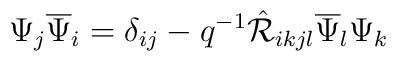
\Psi_{j}\overline{\Psi}_{i}=\delta_{ij}- q^{-1}\hat{{\cal R}}_{ikjl}\overline{\Psi}_{l}\Psi_{k}